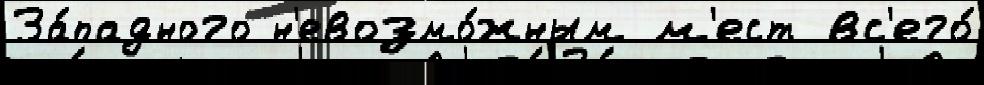
За́падного н'евозмо́жным м'ест вс'его́